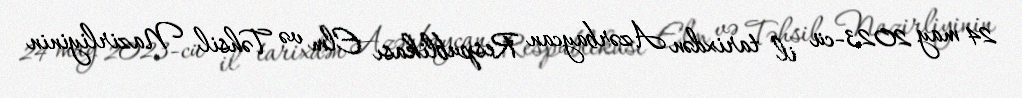
24 may 2023-cü il tarixdən Azərbaycan Respublikası Elm və Təhsil Nazirliyinin